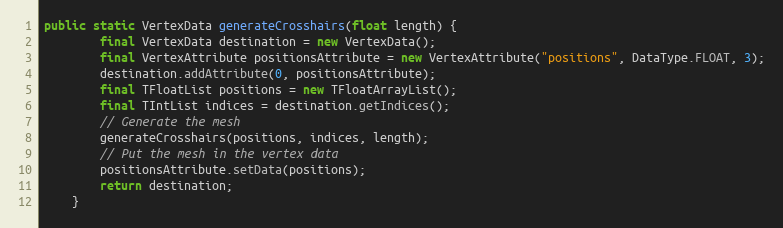
Language: Java
public static VertexData generateCrosshairs(float length) {
        final VertexData destination = new VertexData();
        final VertexAttribute positionsAttribute = new VertexAttribute("positions", DataType.FLOAT, 3);
        destination.addAttribute(0, positionsAttribute);
        final TFloatList positions = new TFloatArrayList();
        final TIntList indices = destination.getIndices();
        // Generate the mesh
        generateCrosshairs(positions, indices, length);
        // Put the mesh in the vertex data
        positionsAttribute.setData(positions);
        return destination;
    }